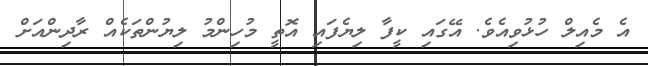
އެ މެއިލް ހުޅުވިއެވެ. އޭގައި ކީފާ ލިޔެފައި އޮތީ މުހިންމު ލިޔުންތަކެއް ރާދިންއަށް